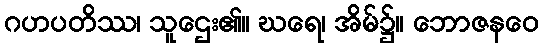
ဂဟပတိဿ၊ သူဌေး၏။ ဃရေ၊ အိမ်၌။ ဘောဇနဝေ